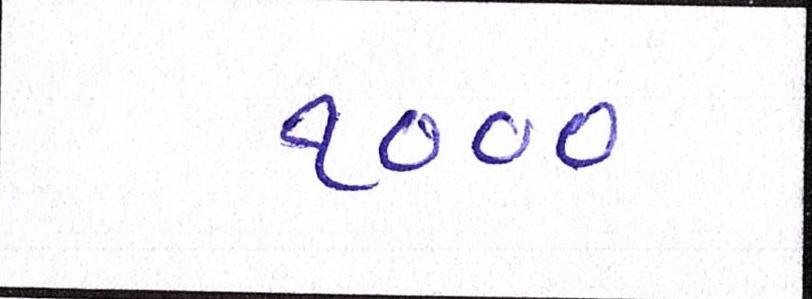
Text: ૧૦૦૦